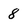
Character: 8